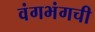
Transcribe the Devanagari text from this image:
वंगभंगची